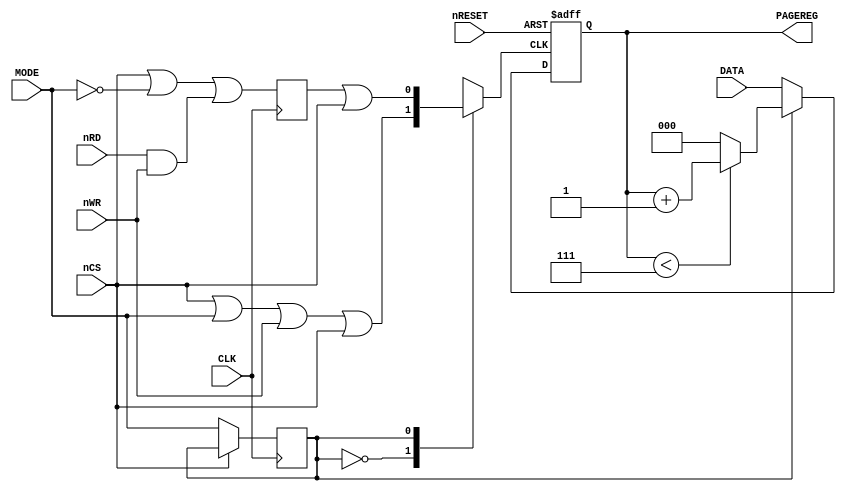
module PageRegisterController
(
    input   wire            nRESET,
    input   wire            CLK,

    input   wire            nRD,
    input   wire            nWR,
    input   wire            nCS,
    input   wire            MODE, //A0
    input   wire    [2:0]   DATA, //D0-D2
    
    output  reg     [2:0]   PAGEREG = 3'b0
);

/*
T                        1   2   3   1   2   3   1   2   3   1   2   3  
CLK                 ____/\_/\_/\_/\_/\_/\_/\_/\_/\_/\_/\_/\_/
ADDRESS             ----X-(ADDRESS)-X-(ADDRESS)-X-(ADDRESS)-X-(ADDRESS)-X
A0                  \___________/
A0 LATCHED          \___________/
RD                  \_______/\_______/
WR                  \___/\___/
CS                  \___________________________________/
RD+WR SYNCED        \WR_/\RD_____/
*/

reg             page_reg_mode = 1'b1;
wire            page_reg_load = (nCS | MODE) | nWR;
reg             page_reg_increase;
reg             page_reg_control_tick = 1'b1;

//mode latch
always @(negedge CLK)
begin
    if(nCS == 1'b0)
    begin
        page_reg_mode <= MODE;
    end
    else
    begin
        page_reg_mode <= page_reg_mode;
    end
end

//increase signal synchronizer 
always @(posedge CLK)
begin
    page_reg_increase <= (nCS | ~MODE) | (nRD & nWR); //active low
end

//page register control signal multiplexer
always @(*)
begin
    case (page_reg_mode)
        1'b0:
        begin
            page_reg_control_tick <= page_reg_load | nCS;
        end
        1'b1:
        begin
            page_reg_control_tick <= page_reg_increase | nCS;
        end
    endcase
end

//page register data control
always @(negedge nRESET or posedge page_reg_control_tick)
begin
    if(nRESET == 1'b0)
    begin
        PAGEREG <= 3'd0;
    end
    else
    begin
        if(page_reg_mode == 1'b0)
        begin
            PAGEREG <= DATA;
        end
        else
        begin
            if(PAGEREG < 3'd7)
            begin
                PAGEREG <= PAGEREG + 3'd1;
            end
            else
            begin
                PAGEREG <= 3'd0;
            end
        end
    end
end
endmodule